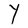
Character: Y